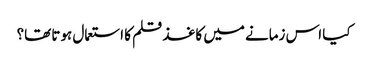
کیا اس زمانے میں کاغذ قلم کا استعمال ہوتا تھا؟